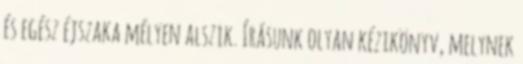
és egész éjszaka mélyen alszik. Írásunk olyan kézikönyv, melynek